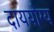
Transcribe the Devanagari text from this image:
दाययोग्य